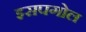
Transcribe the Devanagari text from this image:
इसपगोल